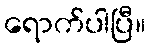
ရောက်ပါပြီ။